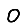
Digit: 0